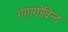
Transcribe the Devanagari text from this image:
गंगागोविन्द